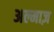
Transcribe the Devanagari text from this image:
अल्माज़